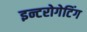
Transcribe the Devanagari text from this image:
इन्टरोगेटिंग